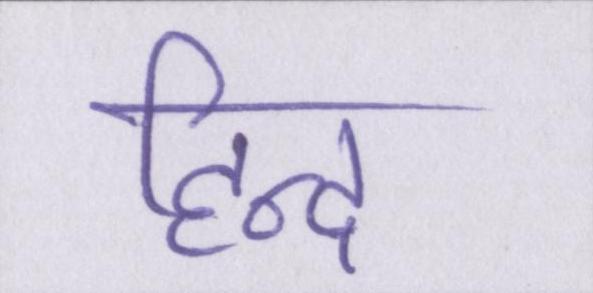
हिन्द